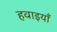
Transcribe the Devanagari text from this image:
हवाइयाँ